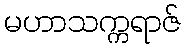
မဟာသက္ကရာဇ်